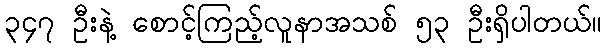
၃၄၇ ဦးနဲ့ စောင့်ကြည့်လူနာအသစ် ၅၃ ဦးရှိပါတယ်။